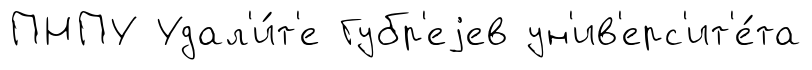
ПНПУ Удал'и́т'е Губр'еjев ун'ив'ерс'ит'е́та